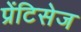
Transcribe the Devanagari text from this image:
प्रेंटिसेज